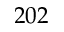
2 0 2